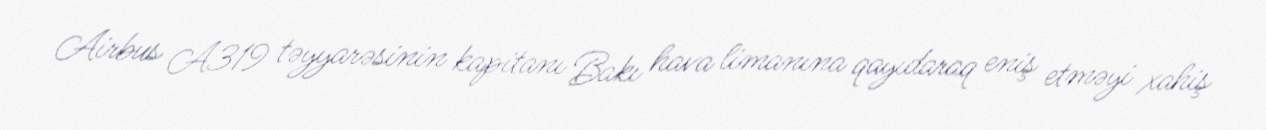
Airbus A319 təyyarəsinin kapitanı Bakı hava limanına qayıdaraq eniş etməyi xahiş